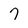
Character: 7